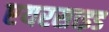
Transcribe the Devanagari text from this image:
एयरसाइड